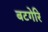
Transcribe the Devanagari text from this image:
बटगेरि